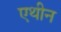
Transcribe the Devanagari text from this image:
एथीन